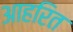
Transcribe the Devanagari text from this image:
आहरित